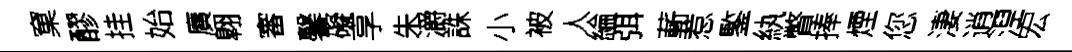
窠醪挂始廣翺審馨礙享朱灂誅小被人綸弭蔪惹鍳紈瞥捧煙您淒逍湼宏